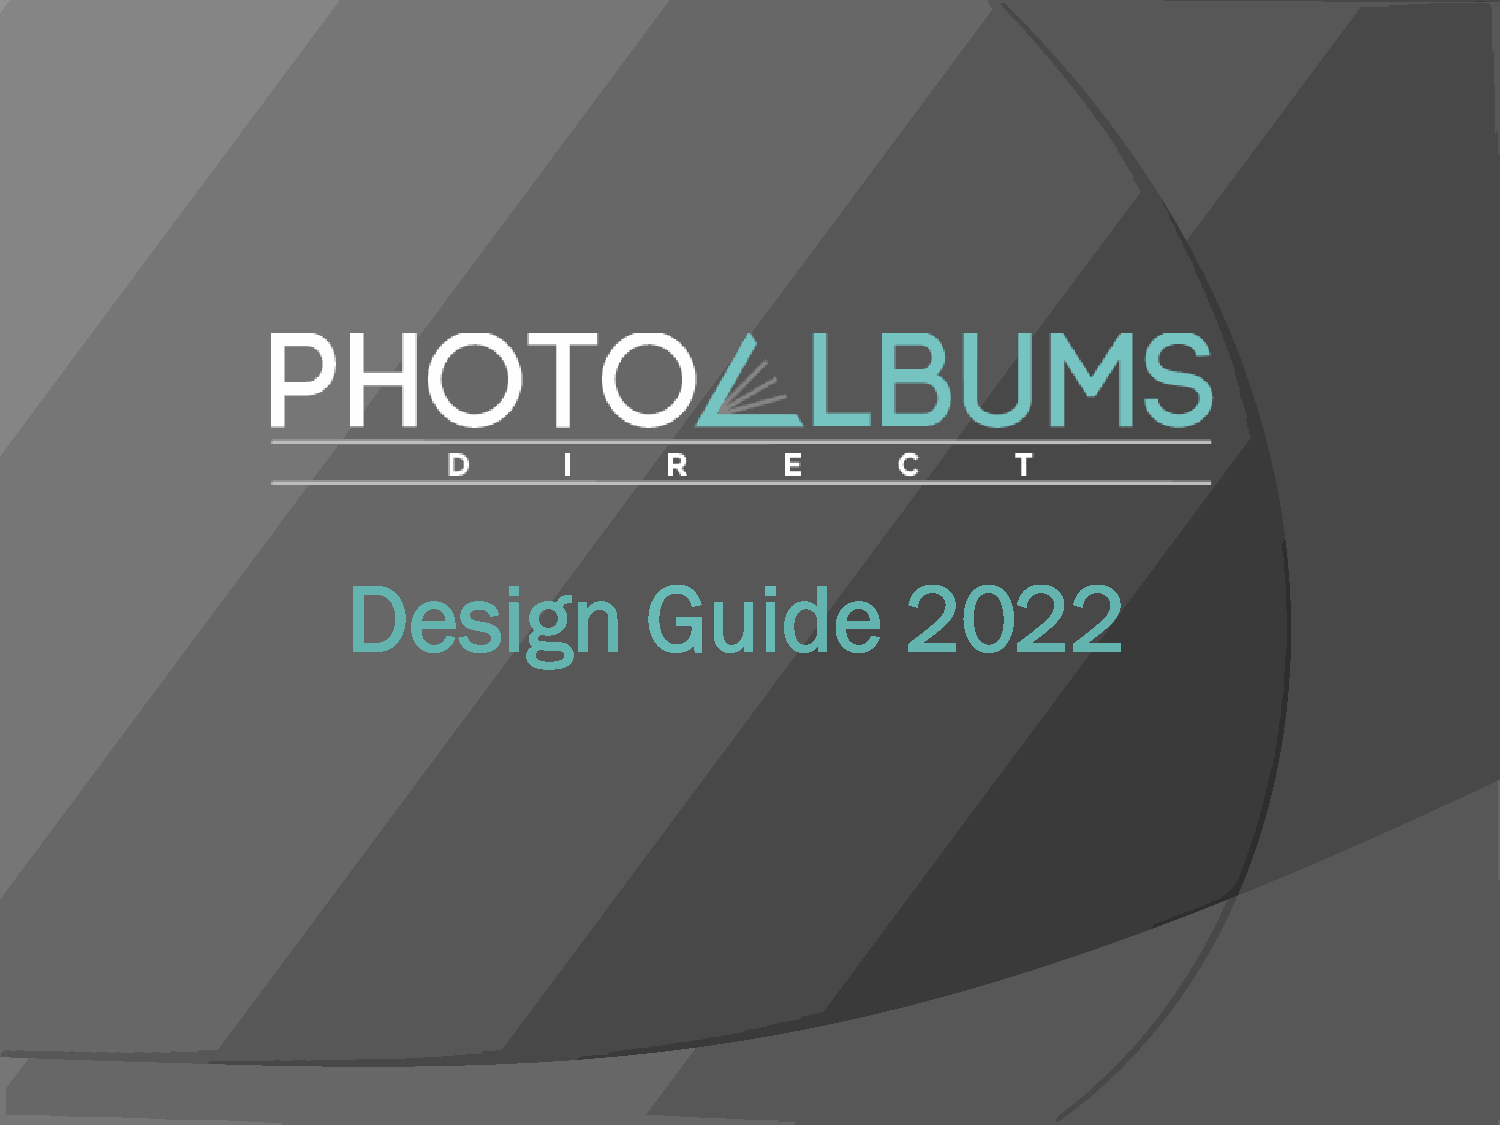
Design              Guide            20
 22